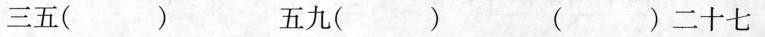
三五（）五九（）（）二十七